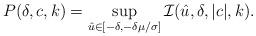
LaTeX: \begin{align*} P(\delta,c,k)=\sup_{\hat u \in[-\delta,-\delta\mu/\sigma]}\mathcal{I}(\hat u,\delta,|c|,k).\end{align*}